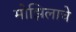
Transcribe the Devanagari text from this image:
मोझिलाचे